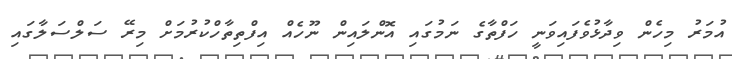
އުމަރު މިހެން ވިދާޅުވެފައިވަނީ ހަފްތާގެ ނަމުގައި އޮންލައިން ނޫހެއް އިފްތިތާހްކުރުމަށް މިރޭ ސަލްސަލާގައި